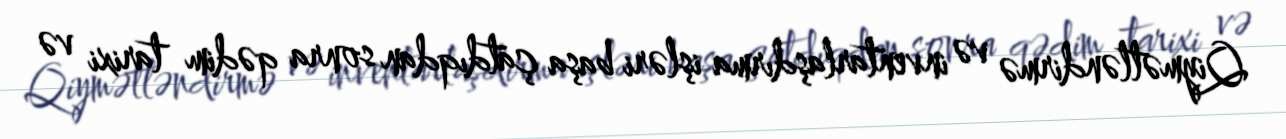
Qiymətləndirmə və inventarlaşdırma işləri başa çatdıqdan sonra qədim tarixi və